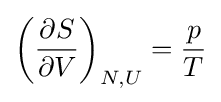
\left({\partial S \over \partial V}\right)_{N,U}={p \over T}